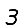
Digit: 3